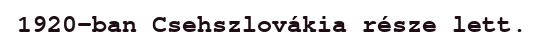
1920-ban Csehszlovákia része lett.